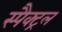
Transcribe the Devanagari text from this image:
स्पैक्ट्रल